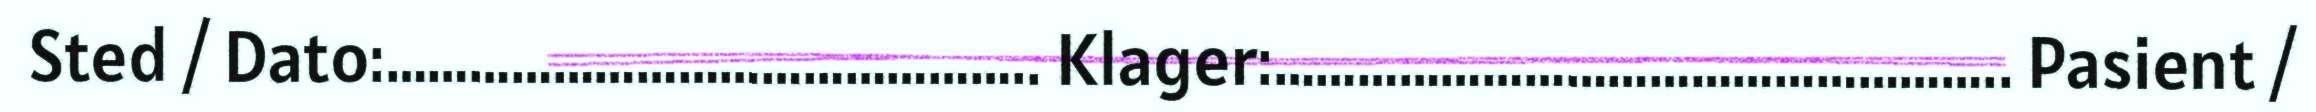
Sted / Dato:……………………………………….. Klager:…………………………………………….. Pasient /